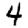
Digit: 4